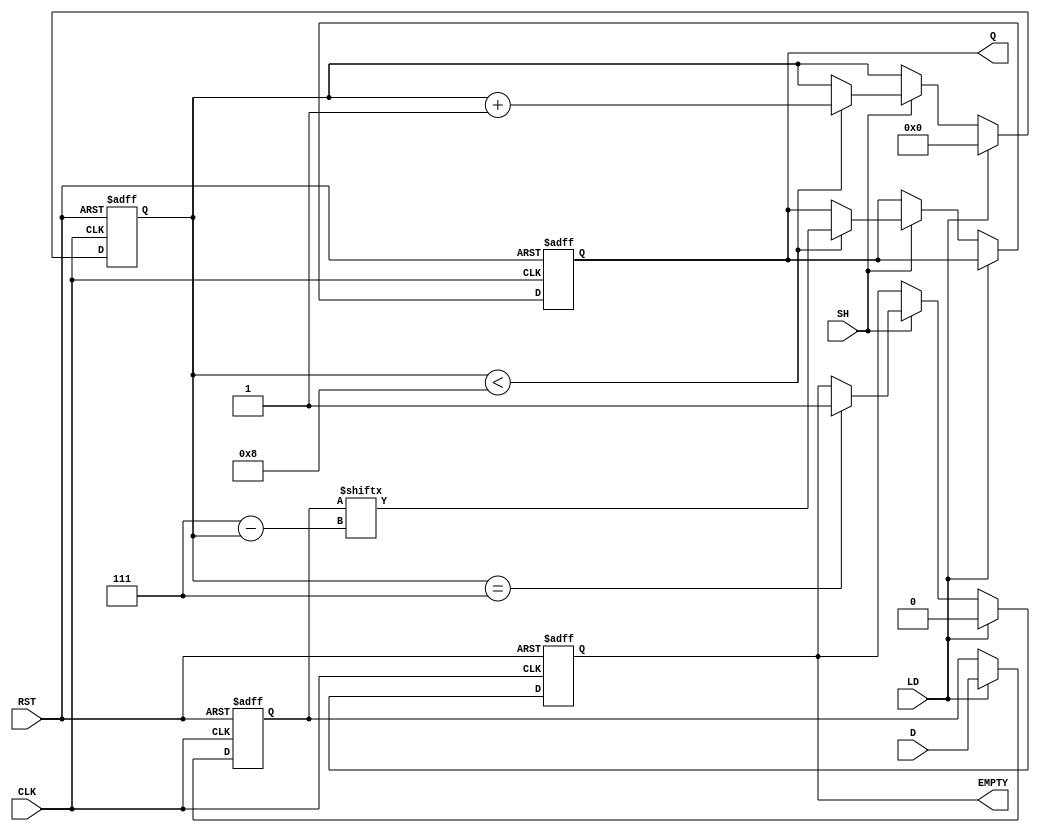
module dynamic_piso_register #(
    parameter N = 8  // Parameter for the number of bits
)(
    input wire [N-1:0] D,    // Parallel data input
    input wire LD,            // Load control signal
    input wire SH,            // Shift control signal
    input wire CLK,           // Clock signal
    input wire RST,           // Asynchronous reset signal
    output reg Q,             // Serial output
    output reg EMPTY          // Empty flag
);

    reg [N-1:0] storage;      // Storage for the N bits
    reg [3:0] shift_count;     // Counter to track the number of shifts

    always @(posedge CLK or posedge RST) begin
        if (RST) begin
            storage <= {N{1'b0}}; // Clear storage on reset
            Q <= 1'b0;            // Clear output
            EMPTY <= 1'b1;        // Set EMPTY flag
            shift_count <= 0;     // Reset shift count
        end else begin
            if (LD) begin
                storage <= D;     // Load data into storage
                EMPTY <= 1'b0;    // Clear EMPTY flag
                shift_count <= 0;  // Reset shift count
            end else if (SH) begin
                if (shift_count < N) begin
                    Q <= storage[N-1-shift_count]; // Shift out MSB
                    shift_count <= shift_count + 1; // Increment shift count
                end
                if (shift_count == N-1) begin
                    EMPTY <= 1'b1; // Set EMPTY flag when all bits shifted out
                end
            end
        end
    end

endmodule